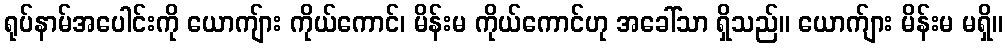
ရုပ်နာမ်အပေါင်းကို ယောကျ်ား ကိုယ်ကောင်၊ မိန်းမ ကိုယ်ကောင်ဟု အခေါ်သာ ရှိသည်။ ယောက်ျား မိန်းမ မရှိ။